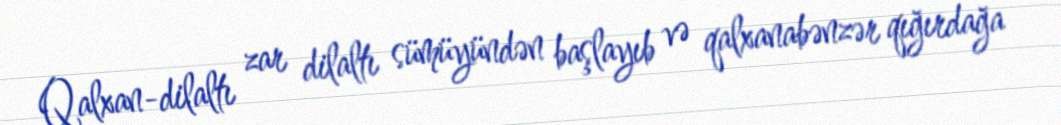
Qalxan-dilaltı zar dilaltı sümüyündən başlayıb və qalxanabənzər qığırdağa